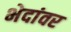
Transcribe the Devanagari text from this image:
भेदांवर